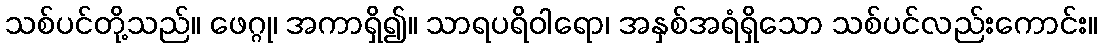
သစ်ပင်တို့သည်။ ဖေဂ္ဂု၊ အကာရှိ၍။ သာရပရိဝါရော၊ အနှစ်အရံရှိသော သစ်ပင်လည်းကောင်း။